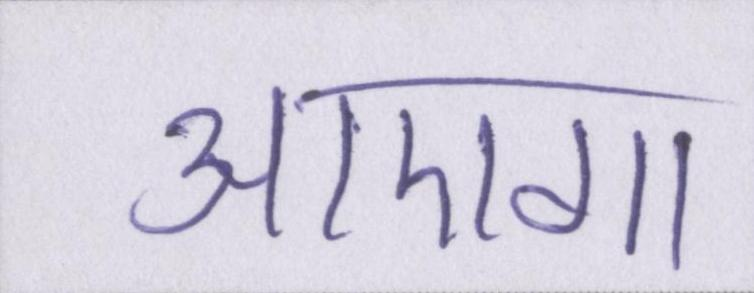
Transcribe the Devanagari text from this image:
आएगा